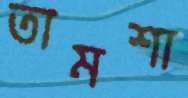
তামশা